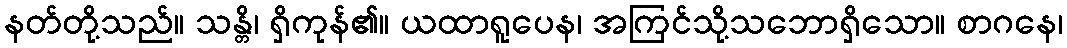
နတ်တို့သည်။ သန္တိ၊ ရှိကုန်၏။ ယထာရူပေန၊ အကြင်သို့သဘောရှိသော။ စာဂနေ၊